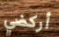
أركضي